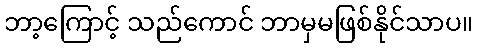
ဘာ့ကြောင့် သည်ကောင် ဘာမှမဖြစ်နိုင်သာပ။